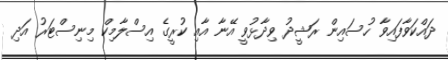
ދައްކަވާފައިވާ ހުސައިން ރަޝީދު ވިދާޅުވީ އޭނާ އާއި ކުރީގެ އިސްލާމިކް މިނިސްޓަރު އަދި